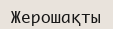
Жерошақты